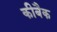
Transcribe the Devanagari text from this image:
कीबैक